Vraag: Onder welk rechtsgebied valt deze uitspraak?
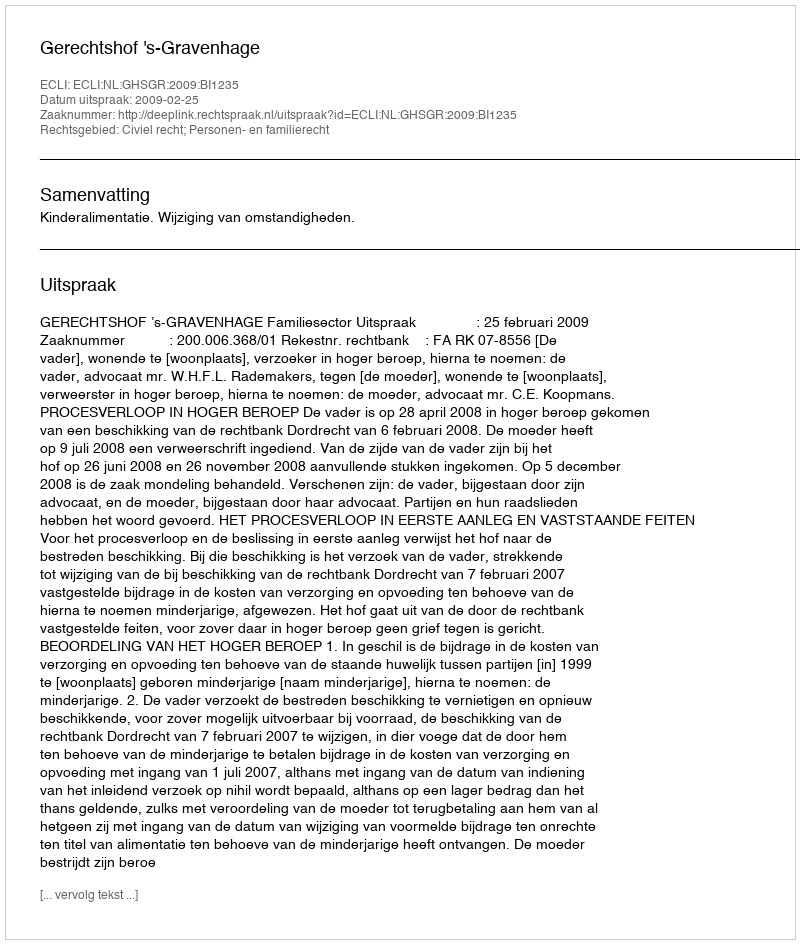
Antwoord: Civiel recht; Personen- en familierecht